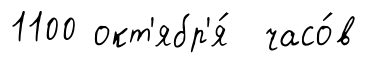
1100 окт'ябр'я́ часо́в